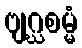
ဗျဂ္ဃစမ္မံ